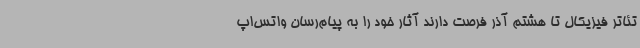
تئاتر فیزیکال تا هشتم آذر فرصت دارند آثار خود را به پیام‌رسان واتس‌اپ